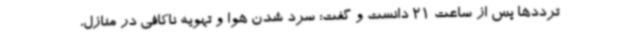
ترددها پس از ساعت 21 دانست و گفت: سرد شدن هوا و تهویه ناکافی در منازل،